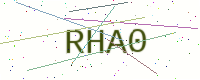
Text: RHA0